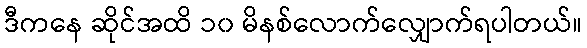
ဒီကနေ ဆိုင်အထိ ၁၀ မိနစ်လောက်လျှောက်ရပါတယ်။